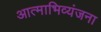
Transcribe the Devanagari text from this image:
आत्‍माभिव्‍यंजना